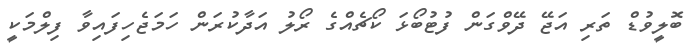
ބޮލީވުޑް ތަރި އަޖޭ ދޭވްގަން ފުޓުބޯޅަ ކޯޗެއްގެ ރޯލު އަދާކުރަން ހަމަޖެހިފައިވާ ފިލްމަކީ